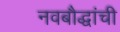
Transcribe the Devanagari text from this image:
नवबौद्धांची